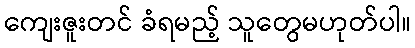
ကျေးဇူးတင် ခံရမည့် သူတွေမဟုတ်ပါ။